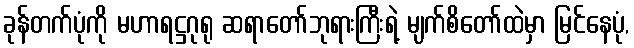
ခုန်တက်ပုံကို မဟာရဋ္ဌဂုရု ဆရာတော်ဘုရားကြီးရဲ့ မျက်စိတော်ထဲမှာ မြင်နေပုံ,